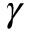
\gamma